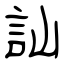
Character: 訕